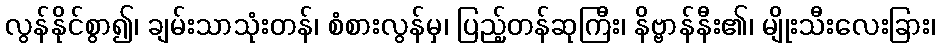
လွန်နိုင်စွာ၍၊ ချမ်းသာသုံးတန်၊ စံစားလွန်မှ၊ ပြည့်တန်ဆုကြီး၊ နိဗ္ဗာန်နီး၏၊ မျိုးသီးလေးခြား၊